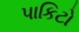
પાકિટો